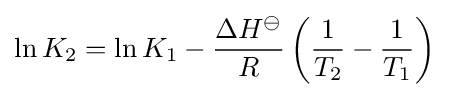
\ln K_{2}=\ln K_{1}-{\frac {\Delta H^{\ominus }}{R}}\left({\frac {1}{T_{2}}}-{\frac {1}{T_{1}}}\right)